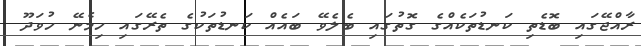
ރާއްޖޭގައި ބޮޑެތި ކަނޑުތަކެއްގެ ގޮތުގައި ބެލެވޭ ބައެއް ކަނޑުތަކުގެ ތެރޭގައި ހިމެނޭ ހުވަދޫ